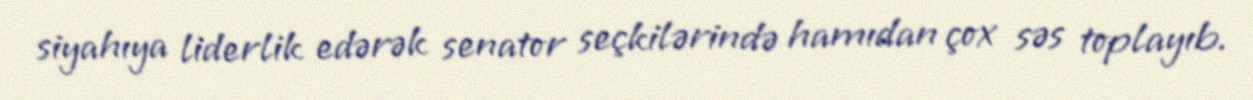
siyahıya liderlik edərək senator seçkilərində hamıdan çox səs toplayıb.